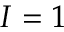
I = 1